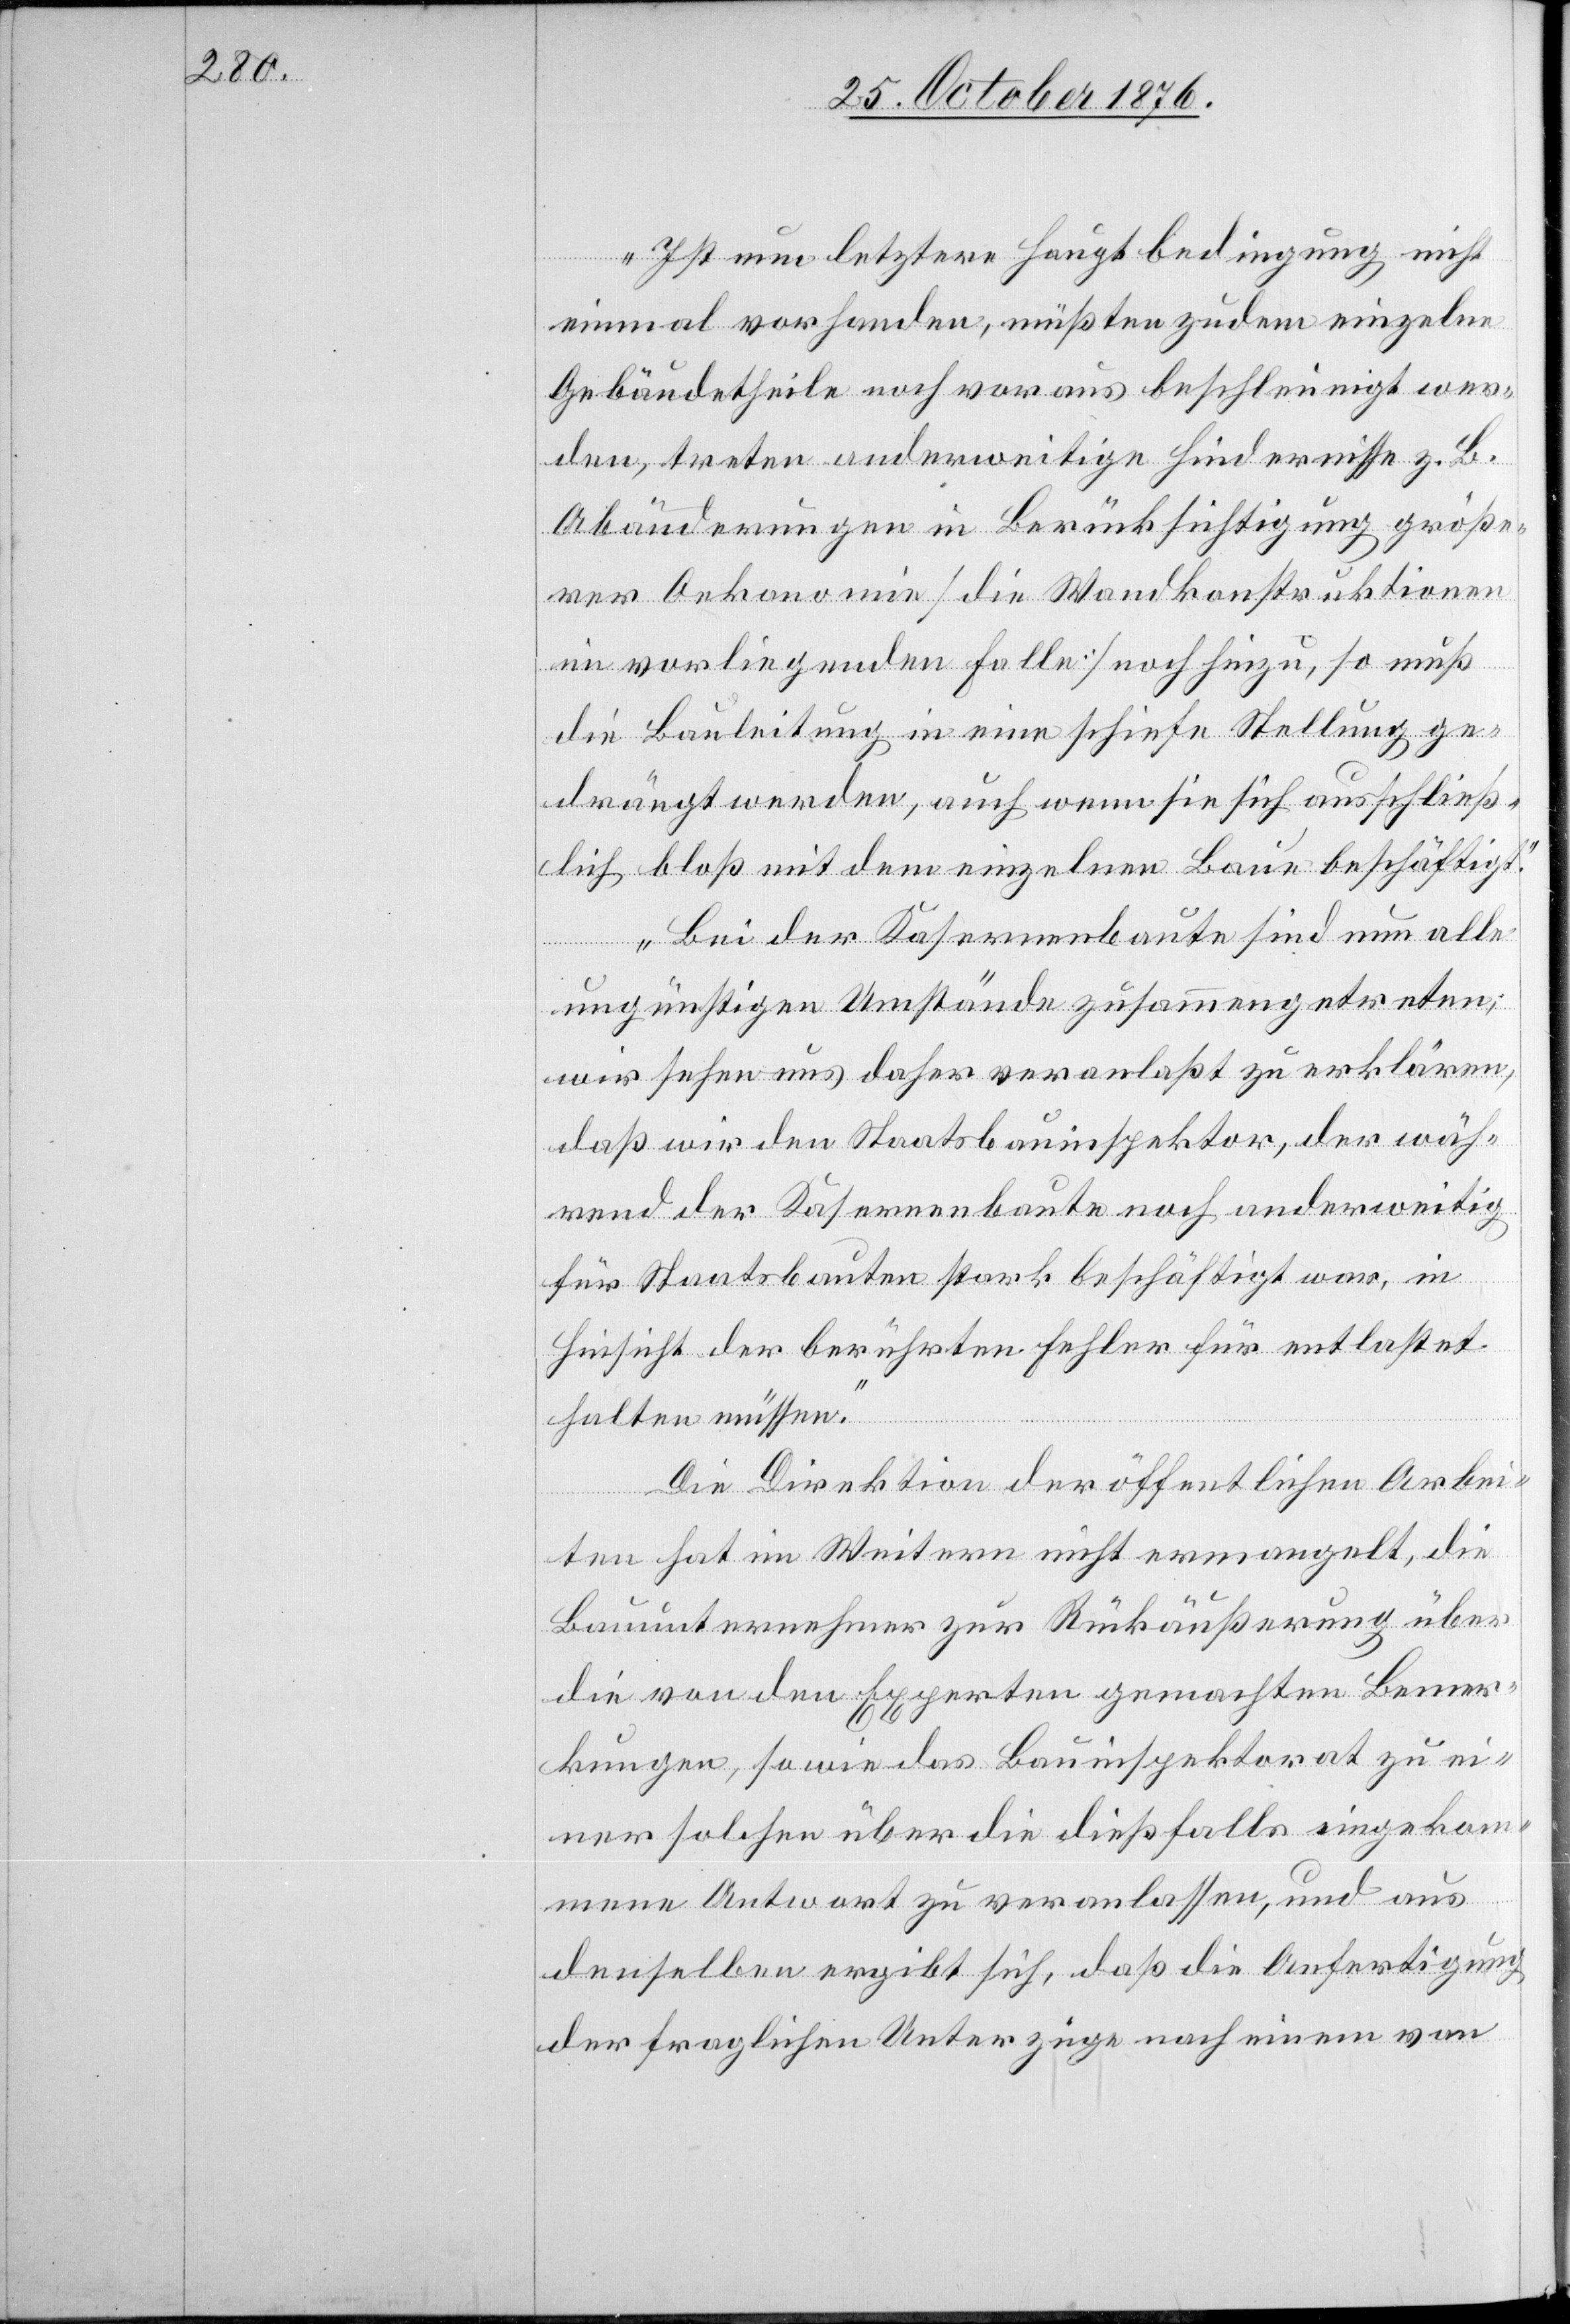
Ist nun letztere Hauptbedingung nicht
einmal vorhanden, müßten zudem einzelne
Gebäudetheile noch voraus bescheinigt wer¬
den, treten anderweitige Hindernisse z. B.
Abänderungen in Berücksichtigung größe¬
rer Oekonomie [die Wandkonstruktionen
im vorliegenden Falle] noch hinzu, so muß
die Bauleitung in eine schiefe Stellung ge¬
drängt werden, auch wenn sie sich ausschließ¬
lich bloß mit dem einzelnen Baue beschäftigt.
Bei der Kasernenbaute sind nun alle
ungünstigen Umstände zusammengetreten;
wir sehen uns daher veranlaßt zu erklären,
daß wir den Staatsbauinspektor, der wäh¬
rend der Kasernenbaute noch anderweitig
für Staatsbauten stark beschäftigt war, in
Hinsicht der berührten Fehler für entlastet
halten müssen
Die Direktion der öffentlichen Arbei¬
ten hat im Weitern nicht ermangelt, die
Bauunternehmer zur Rückäußerung über
die von den Experten gemachten Bemer¬
kungen, sowie das Bauinspektorat zu ei¬
ner solchen über die dießfalls eingekom¬
mene Antwort zu veranlassen, und aus
denselben ergibt sich, daß die Anfertigung
der fraglichen Unterzüge nach einem vom